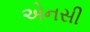
એનસી